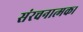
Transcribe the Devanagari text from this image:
संरचनात्मक।